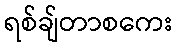
ရစ်ချ်တာစကေး